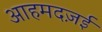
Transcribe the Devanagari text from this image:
आहमदज़ई